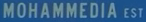
MOHAMMEDIA EST